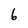
Character: 6